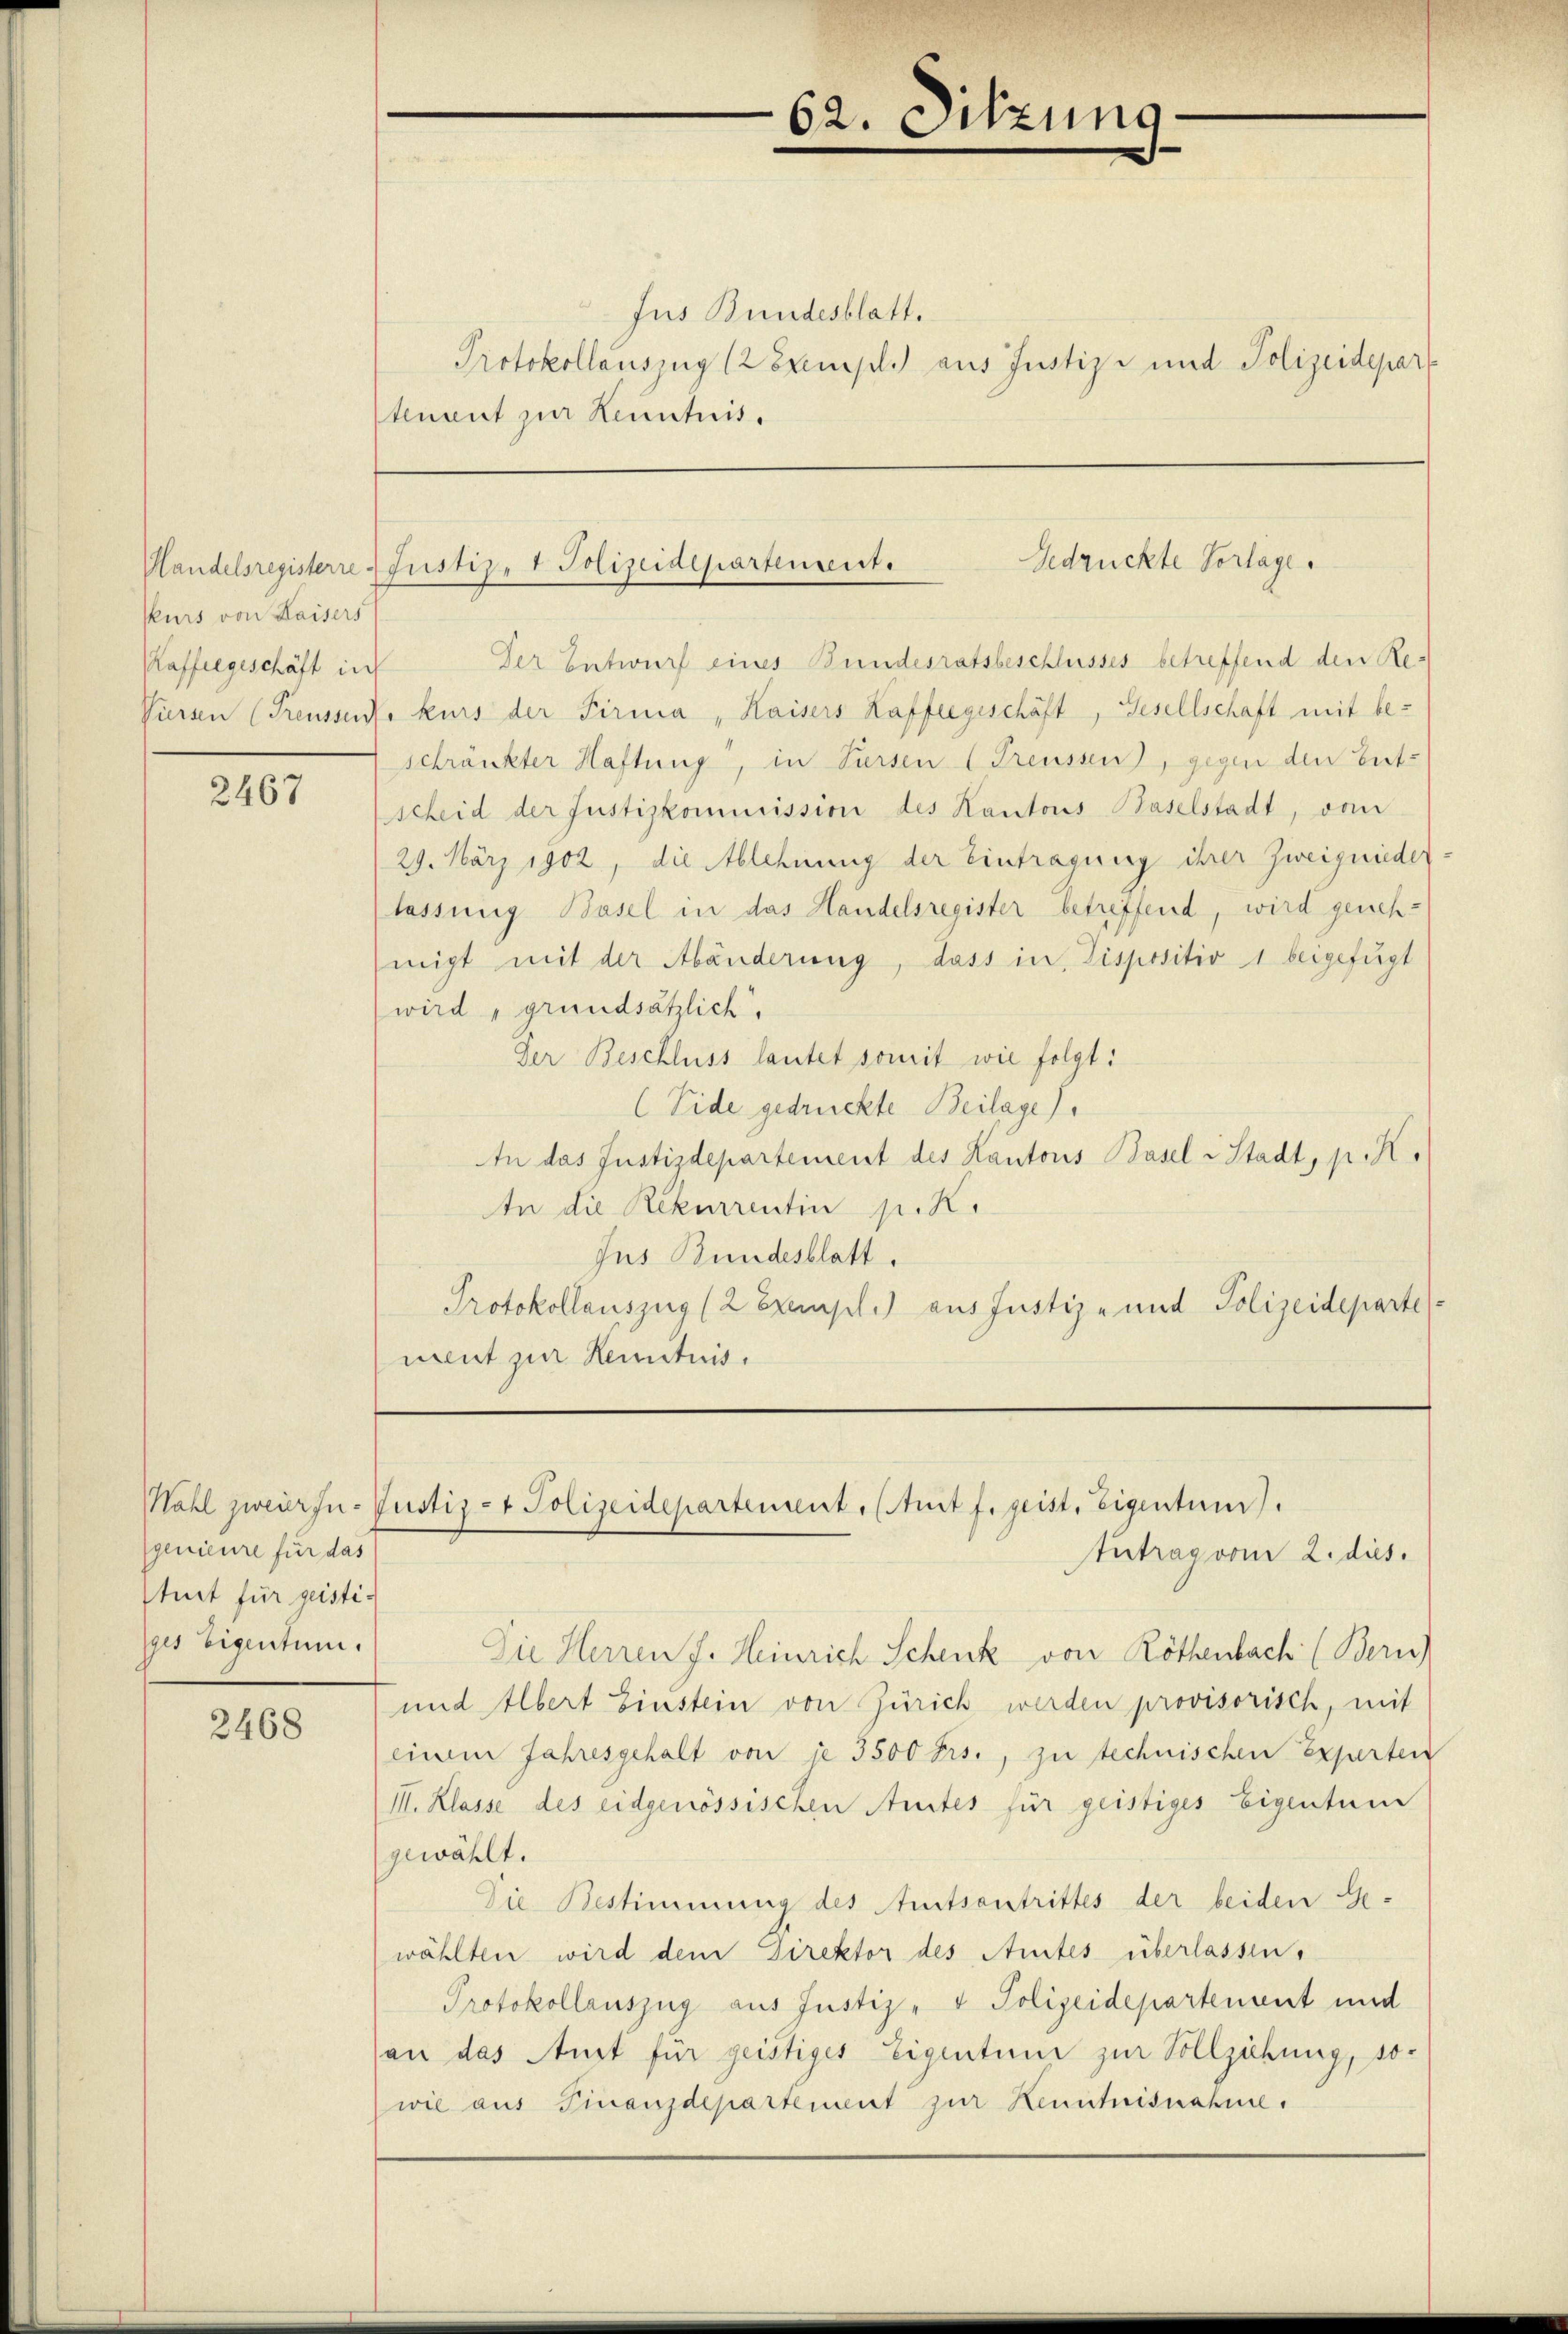
Purs von Kaisers

2467

Kaffeegeschäft in Der Entwurf eines Bundesratsbeschlusses betreffend den Re-
Vürsen (Preussere kurs der Firma „Kaisers Kaffeegeschäft, Gesellschaft mit be-
schränkter Haftung, in Sursen (Treussen, gegen den Entscheid der Justizkommission des Kantons Baselstadt, von
29. März 1902, die Ablehnung der Eintragung ihrer Zweigniederlassung Basel in das Handelsregister betreffend, wird genehmigt mit der Abänderung, dass in Dispositiv 1 beigefügt
wird grundsätzlich.
Der Beschluss lautet somit wie folgt:
(Eide gedruckte Beilage).
An das Justizdepartement des Kantons Basel Stadt, p. K.
In die Rekurrentin p. K.
Jus Bundesblatt.
Protokollauszug (2 Exempl.) aus Justiz- und Polizeideparte
ment zur Renituis.

genieure für das
tuit für geistiges Eigentum.

2468

Jus Bundesblatt.
Protokollauszug 12 Exempl. aus Justiz- und Polizeidepart
tement zur Kenntnis.

62. Sitzung

Gedrückte Vorlage.
Handelsregisterre Justiz- & Polizeidepartement.

Möhl zweier In- Justiz- & Polizeidepartement. (Aut f. geist. Eigentum).
tutrag vom 2. dies.

Die Herren J. Heinrich Schenk von Röthenbach (Bern)
und Albert Einstein von Zürich werden provisorisch, mit
einem Jahresgehalt von je 3500 Frs., zu technischen Experten
III. Klasse des eidgenössischen Amtes für geistiges Eigentum
gewählt.
Die Bestimmung des Amtsantrittes der beiden Ge-
wählten wird dem Direktor des Amtes überlassen,
Protokollauszug aus Justiz- & Polizeidepartement und
(an das Aust für geistiges Eigentum zur Vollziehung, sowie aus Finanzdepartement zur Kenntnisnahme.